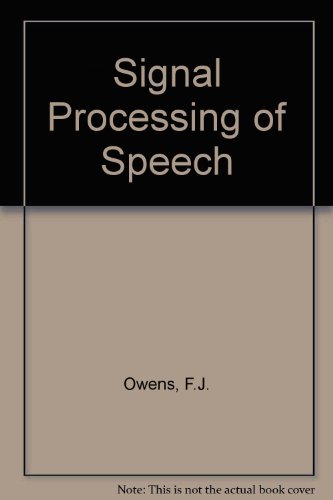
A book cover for Signal Processing of Speech; Frank J. Owens; Computers & Technology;